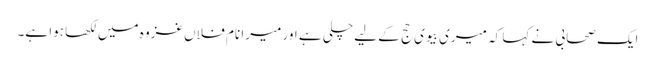
ایک صحابی نے کہا کہ میری بیوی حج کے لیے چلی ہے اور میرا نام فلاں غزوہ میں لکھا ہوا ہے۔